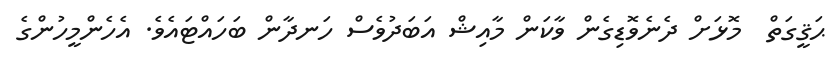
ޙަޤީގަތް  މޮޅަށް ދެނެވޮޑިގެން ވާކަން މާއިޝް އަބަދުވެސް ހަނދާން ބަހައްޓައެވެ. އެހެންމީހުންގެ